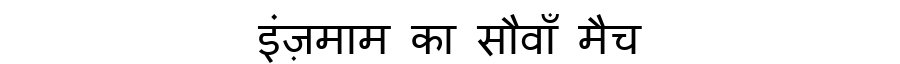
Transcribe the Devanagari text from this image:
इंज़माम का सौवाँ मैच